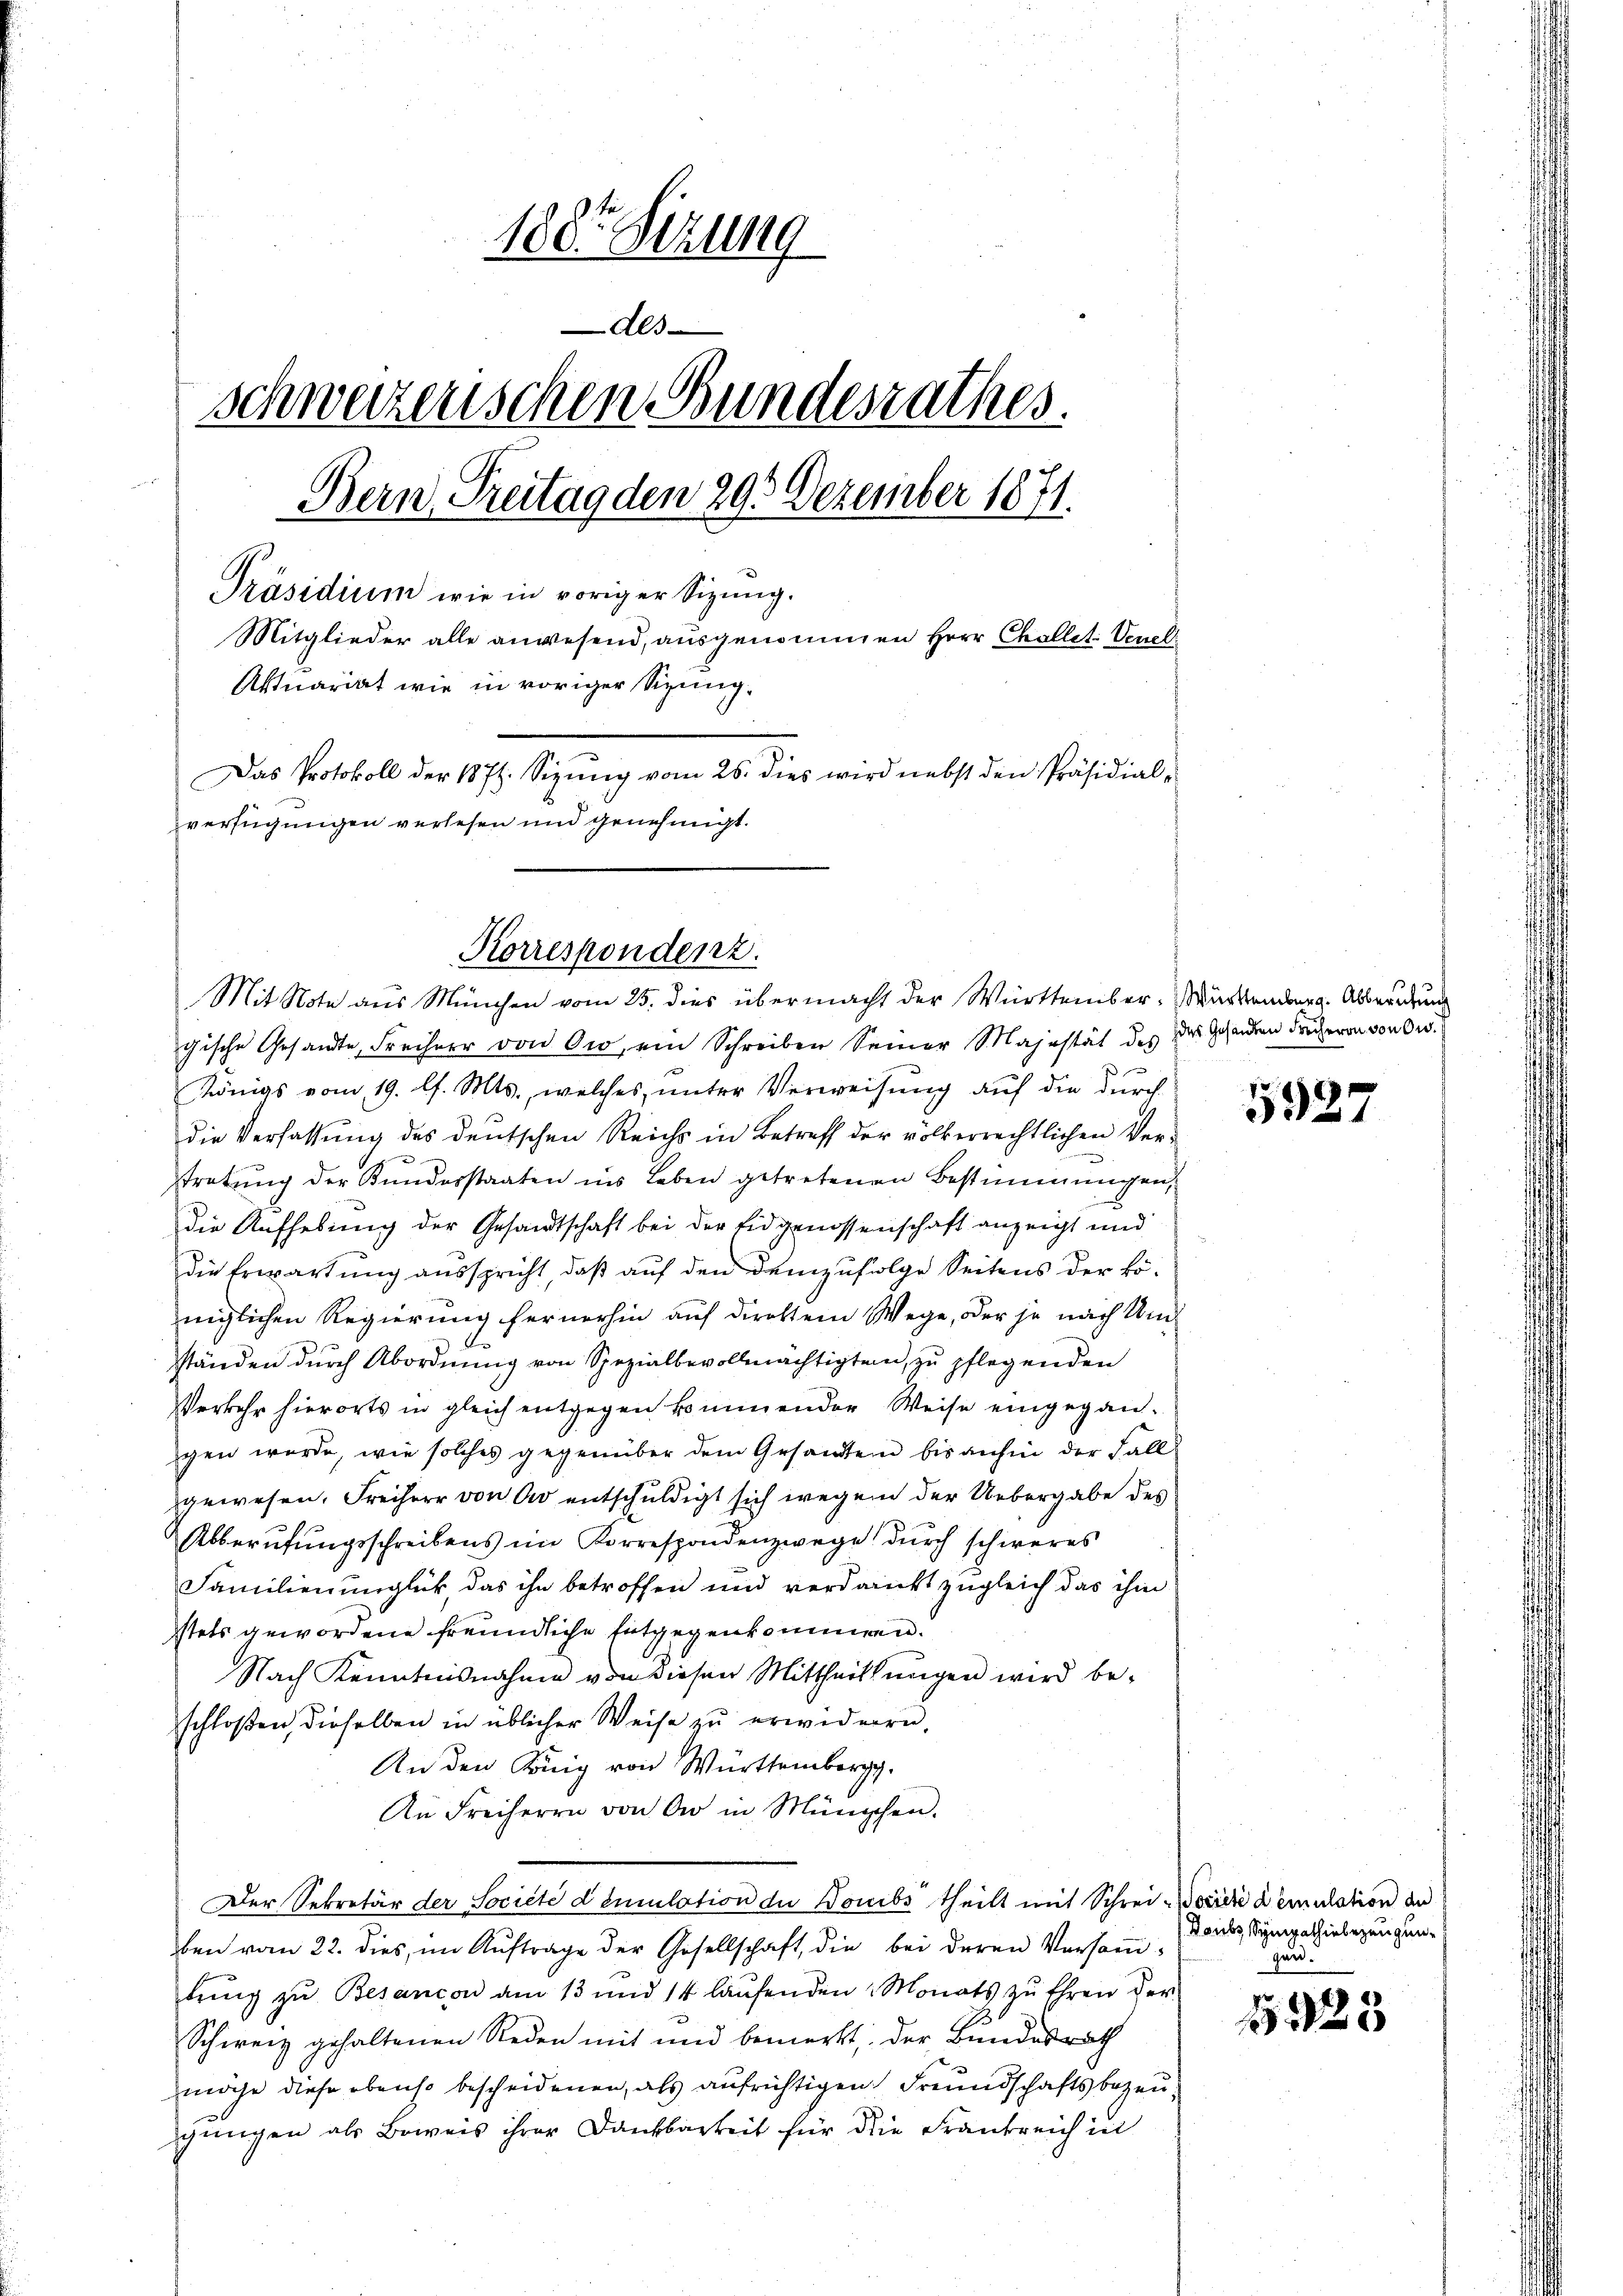
188. Sizung
Als
schwerzenschen Bundesrathes.
Bern, Freitag den 293 Dezember 1871.
Präsidium wie in voriger Sizung.
Mitglieder alle anwesend, ausgenommen Herr Chollet. Venel
Aktuariat wie in voriger Sizung¬
Das Protokoll der 1874. Sizŭng vom 25. dies wird nebst den Präsidial-
verfügungen verlesen und genehmigt.

Mit Note aus München vom 25. dies übermacht der Württember-Württemberg. Abberedung
gische Gesandte, Freiherr von Ow, ein Schreiben Seiner Majestät des des Gesandten Frücheren von Ow.
Königs vom 19. l. Mts., welches unter Verweisŭng auf die durch-
die Verfassung des deutschen Reichs in Betreff der völkerrechtlichen Verstratung der Kundesstaaten ins Leben getretenen Bestimmungen,
Die Aufhebung der Gesandtschaft bei der Eidgenossenschaft anzeigt und
die Erwartung ausspricht, daß auf den demzufolge Seitens der königlichen Regierung fernerhin auf direktem Wege, oder je nach Umständen durch Abordnung von Spezialbevollmächtigten, zu pflegenden
Verkehr hierorts in gleich entgegen kommender Weise eingegan-
gen wurde, wie solches gegenüber dem Gesandten bis anhin der Fall
gewesen. Freiherr von er entschuldigt sich wegen der Uebergabe des
Abberufungsschreibens im Korrespondenzwege durch schweres
Familienunglück, das ihn betroffen und verdanckt zugleich das ihm
stets gewordene freundliche Entgegenkommen.
Nach Kenntnisnahme von diesen Mittheilŭngen wird be-
schloßen, dieselben in üblicher Weise zu erwiderrn.
An den König von Württemberg.
An Freiherrn von der in München.
Der Sekretär der Societe demulation de Doubs theilt mit Schrei-Docidii demulation an
ben vom 22. dies, im Aŭftrage der Gesellschaft, die bei deren Versaṁ-
bring zu Besancon am 13 und 14 laŭfenden Monats zŭ Ehren her-
Schweiz gehaltenen Reden mit und bemerkt, der Bundesrath
möge diese ebenso bescheidenen, als aufrichtigen Freundschaftsbezeugungen als Beweis ihrer Dankbarkeit für die Frankreich in

Korrespondenz.

5927

Daubs Sympathieberzeugen.
gan.

1323